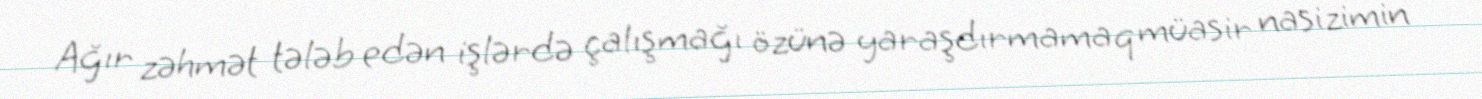
Ağır zəhmət tələb edən işlərdə çalışmağı özünə yaraşdırmamaq müasir nasizimin